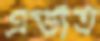
এডাত